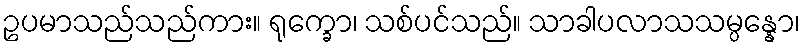
ဥပမာသည်သည်ကား။ ရုက္ခော၊ သစ်ပင်သည်။ သာခါပလာသသမ္ပန္နော၊